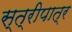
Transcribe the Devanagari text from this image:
स्त्रीपात्र